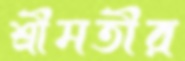
শ্রীমতীর